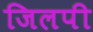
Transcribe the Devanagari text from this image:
जिलपी